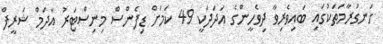
ހަނގުރާމަތަކުގައި ބައިވެރިވާ ދިވެހީންގެ އަދަދަކީ 49 ކަމަށް ޑިފެންސް މިނިސްޓަރު އާދަމް ޝަރީފް